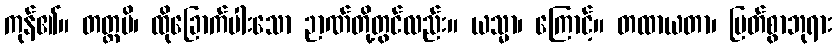
ကုန်၏။ တတ္ထပိ၊ ထိုခြောက်ပါးသော ဉာဏ်တို့တွင်လည်း။ ယသ္မာ၊ ကြောင့်။ တထာယတာ၊ မြတ်စွာဘုရား